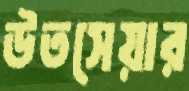
উতসেয়ার